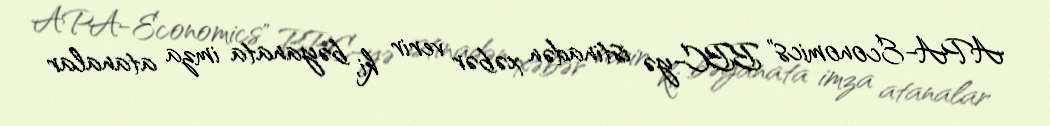
APA-Economics" BBC-yə istinadən xəbər verir ki, bəyanata imza atanalar